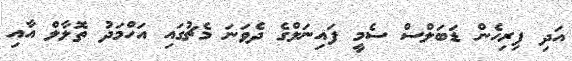
އަދި ފިރިހެން ޑަބަލްސް ސެމީ ފައިނަލްގެ ދެވަނަ މެޗުގައި އަހްމަދު ތޮލާލް އާއި